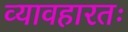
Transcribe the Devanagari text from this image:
व्यावहारतः